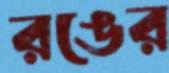
রঙের